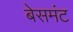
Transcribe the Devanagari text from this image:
बेसमंट